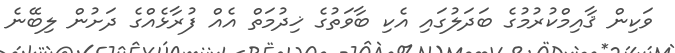
ވަކިން ޤާއިމްކުރުމުގެ ބަދަލުގައި އެކި ބާވަތުގެ ޚިދުމަތް އެއް ފުރާޅެއްގެ ދަށުން ލިބޭނެ